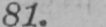
81.